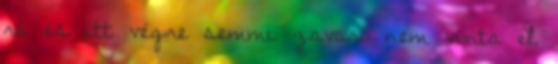
rá és itt végre semmi zavaró nem vonta el